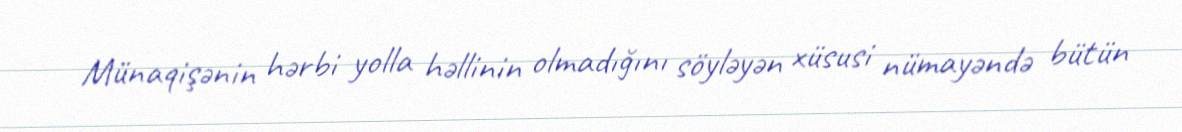
Münaqişənin hərbi yolla həllinin olmadığını söyləyən xüsusi nümayəndə bütün